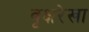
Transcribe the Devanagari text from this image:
वृक्षरेखा